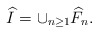
\begin{align*}\widehat{I}=\cup_{n\geq 1}\widehat{F}_n.\end{align*}